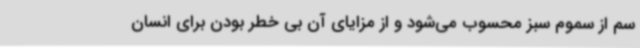
سم از سموم سبز محسوب می‌شود و از مزایای آن بی خطر بودن برای انسان